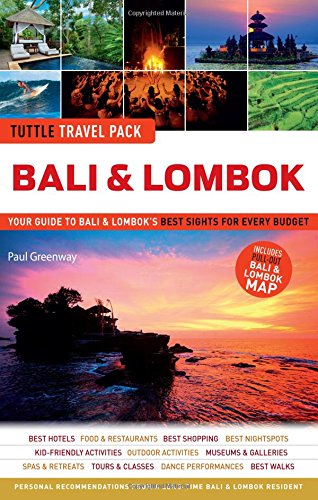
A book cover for Bali & Lombok Tuttle Travel Pack: Your Guide to Bali & Lombok's Best Sights for Every Budget (Travel Guide & Map); Paul Greenway; Travel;